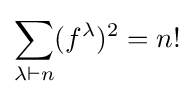
\sum _{\lambda \vdash n}(f^{\lambda })^{2}=n!